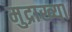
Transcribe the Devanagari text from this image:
मुद्राख्या